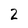
Character: 2